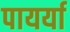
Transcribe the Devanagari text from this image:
पायर्या